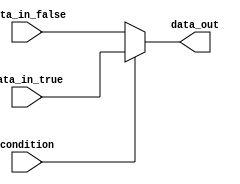
module if_else_statement(
    input wire condition,
    input wire data_in_true,
    input wire data_in_false,
    output reg data_out
);

always @(*) begin
    if(condition) begin
        data_out = data_in_true;
    end else begin
        data_out = data_in_false;
    end
end

endmodule